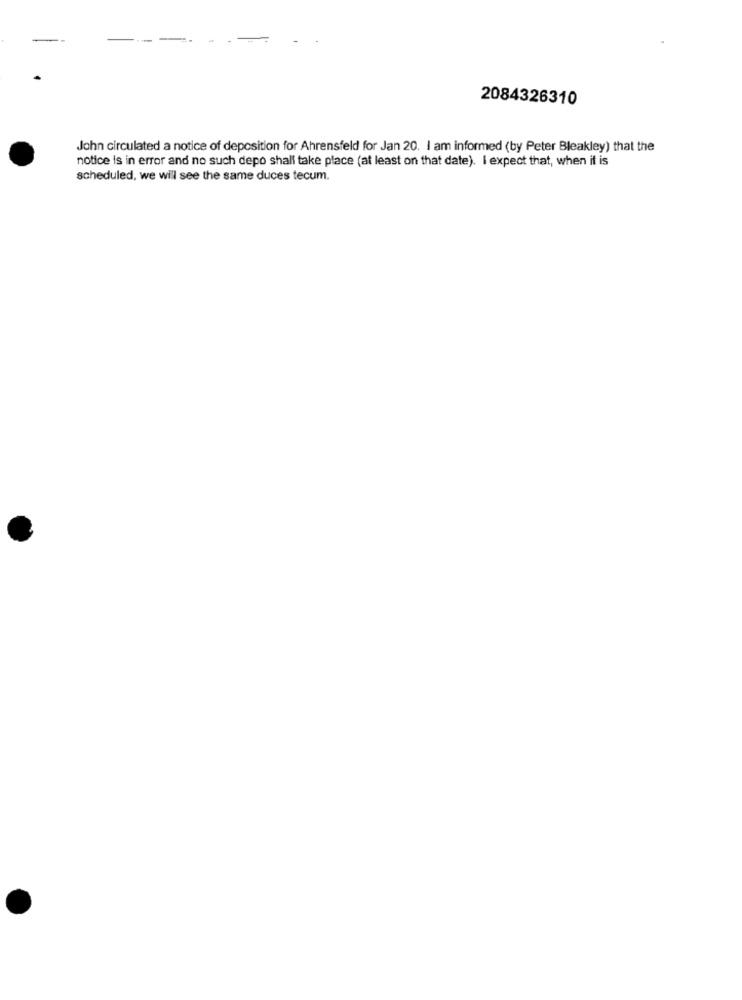
2084326310
John circulated a notice of deposition for Ahrensfeld for Jan 20. I am informed (by Peter Bleakley) that the
notice is in error and no such depo shall take place (at least on that date). I expect that, when it is
scheduled, we will see the same duces tecum.